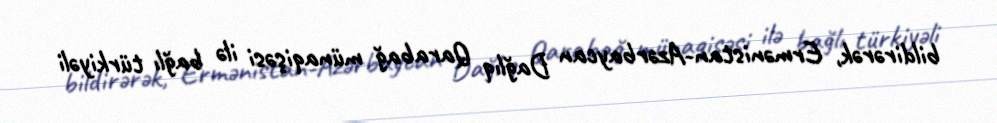
bildirərək, Ermənistan-Azərbaycan Dağlıq Qarabağ münaqişəsi ilə bağlı türkiyəli